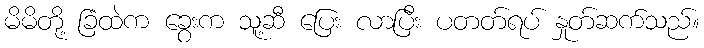
မိမိတို့ ခြံထဲက ခွေးက သူ့ဆီ ပြေး လာပြီး ပတတ်ရပ် နှုတ်ဆက်သည်။